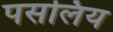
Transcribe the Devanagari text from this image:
पसलिय